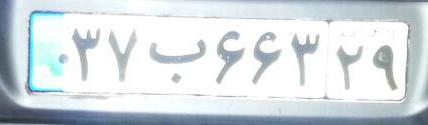
۳۷ب۶۶۳۲۹